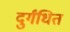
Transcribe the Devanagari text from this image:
दुर्गंधित